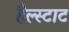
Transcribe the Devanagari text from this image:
हैल्स्टाट